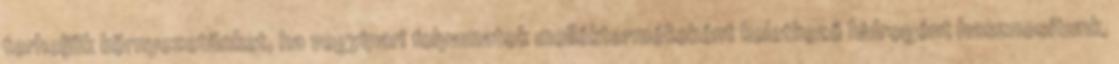
terheljük környezetünket, ha vegyipari folyamatok melléktermékeként keletkező hidrogént hasznosítunk,